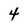
Character: 4